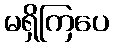
မရှိကြပေ